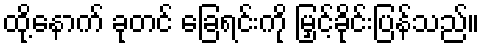
ထို့နောက် ခုတင် ခြေရင်းကို မြှင့်ခိုင်းပြန်သည်။